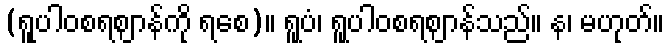
(ရူပါဝစရဈာန်ကို ရစေ)။ ရူပံ၊ ရူပါဝစရဈာန်သည်။ န၊ မဟုတ်။